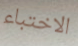
الاختباء